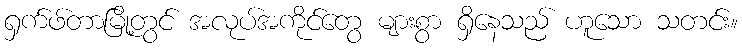
ရှက်ဖ်တာမြို့တွင် အလုပ်အကိုင်တွေ များစွာ ရှိနေသည် ဟူသော သတင်း။